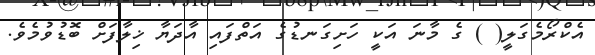
އެކްރޯމެގަލީ( ) ގެ މާނަ އަކީ ހަށިގަނޑުގެ އަތްފައި އާދަޔާ ޚިލާފަށް ބޮޑުވުމެވެ.